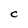
Character: C